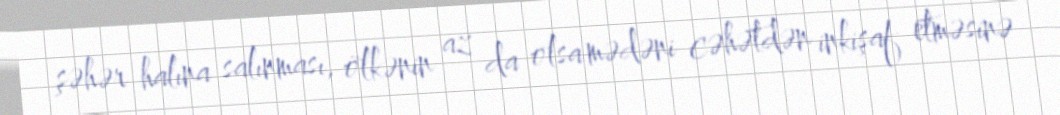
şəhər halına salınması, ölkənin az da olsa mədəni cəhətdən inkişaf etməsinə